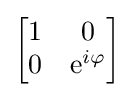
{\begin{bmatrix}1&0\\0&\mathrm {e} ^{i\varphi }\end{bmatrix}}